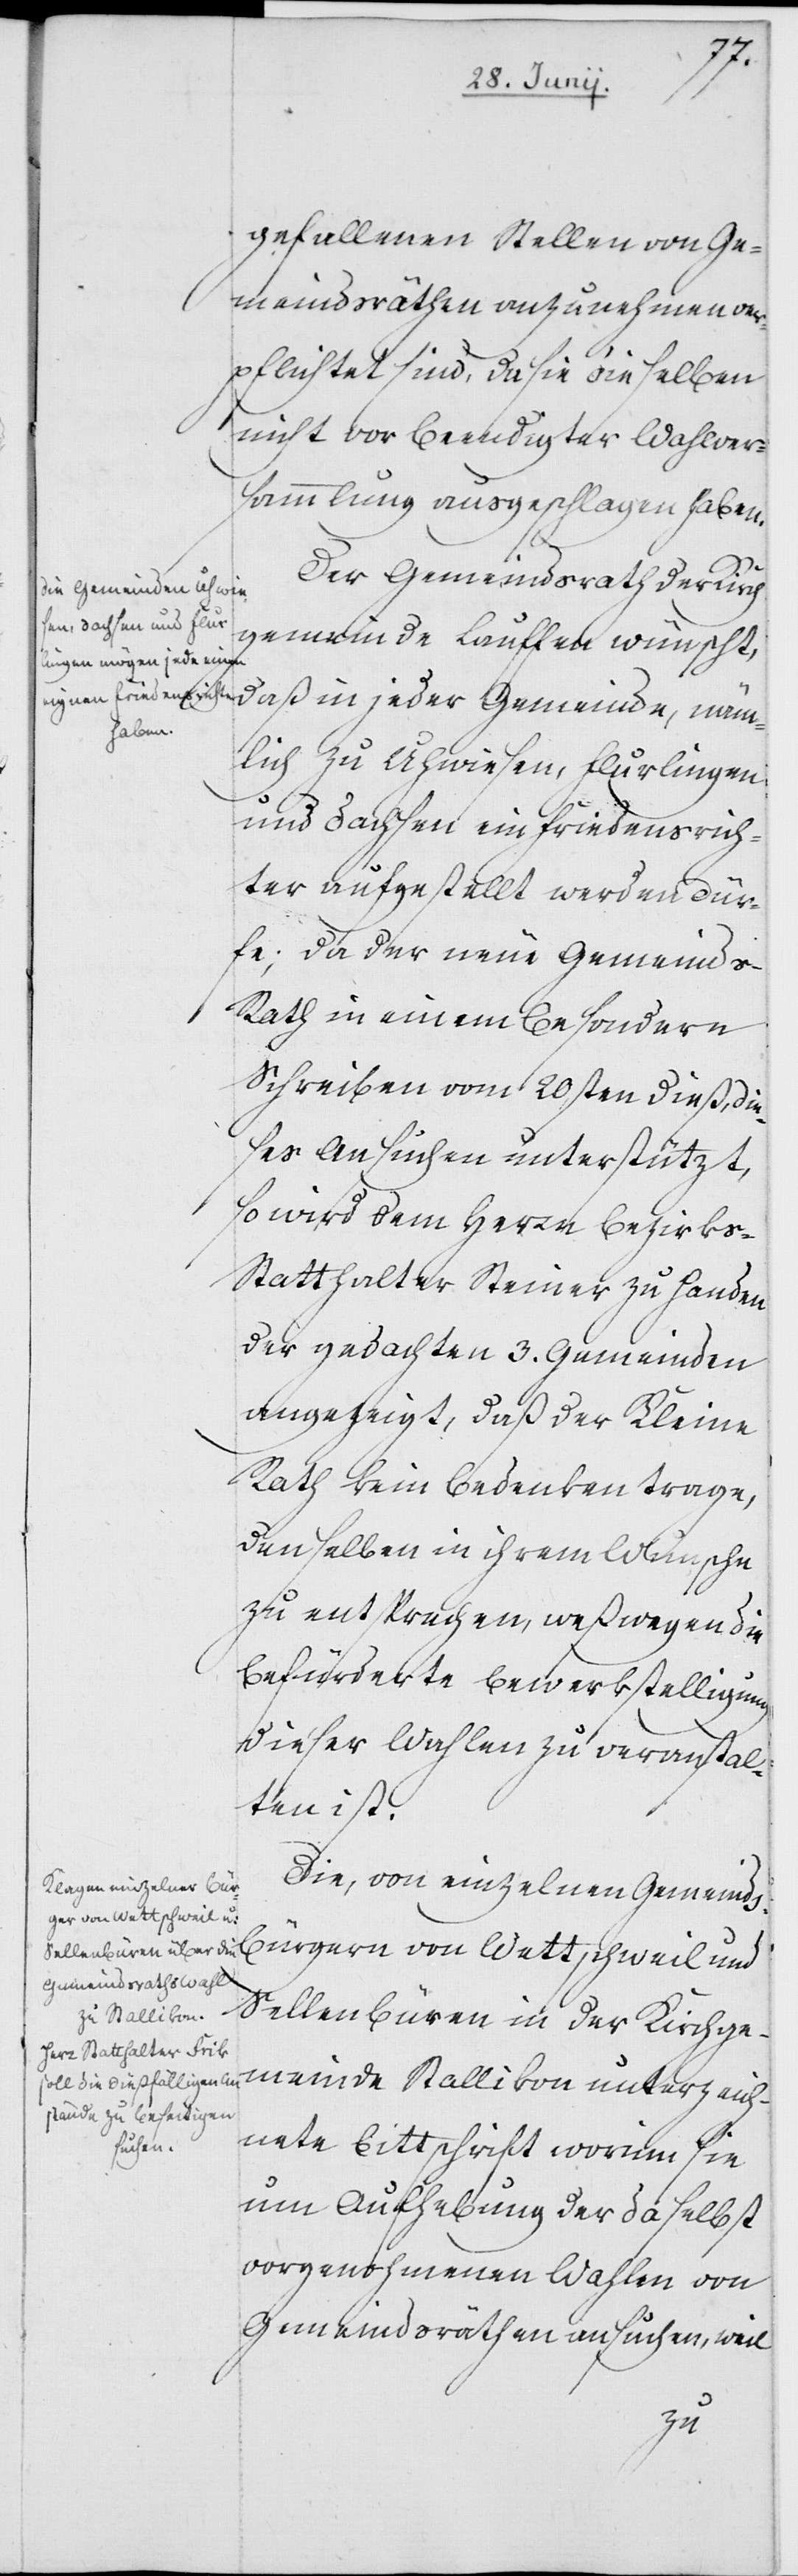
gefallenen Stellen von Ge¬
meindsräthen anzunehmen ver¬
pflichtet sind, da sie die selben
nicht vor beendigter Wahlver¬
sammlung ausgeschlagen haben.
Der Gemeindsrath der Kirch¬
gemeinde Lauffen wünscht,
daß in jeder Gemeinde, näm¬
lich zu Uhwiesen, Flurlingen
und Dachsen ein Friedensrich¬
ter aufgestellt werden dür¬
fe; da der neue Gemeind¬
s-Rath in einem besondern
Schreiben vom 20sten dieß, die¬
ses Ansuchen unterstützt,
so wird dem Herrn Bezirk¬
s-Statthalter Steiner zu Handen
der gedachten 3. Gemeinden
angezeigt, daß der Kleine
Rath kein Bedenken trage,
denselben in ihrem Wunsche
zu entsprechen, weßwegen die
befürderte Bewerkstelligung
dieser Wahlen zu veranstal¬
ten ist.
Die, von einzelnen Gemeinds¬
bürgern von Wettschweil und
Sellenbüren in der Kirchge¬
meinde Stallikon unterzeich¬
nete Bittschrift worinn sie
um Aufhebung der daselbst
vorgenohmenen Wahlen von
Gemeindsräthen ansuchen, weil